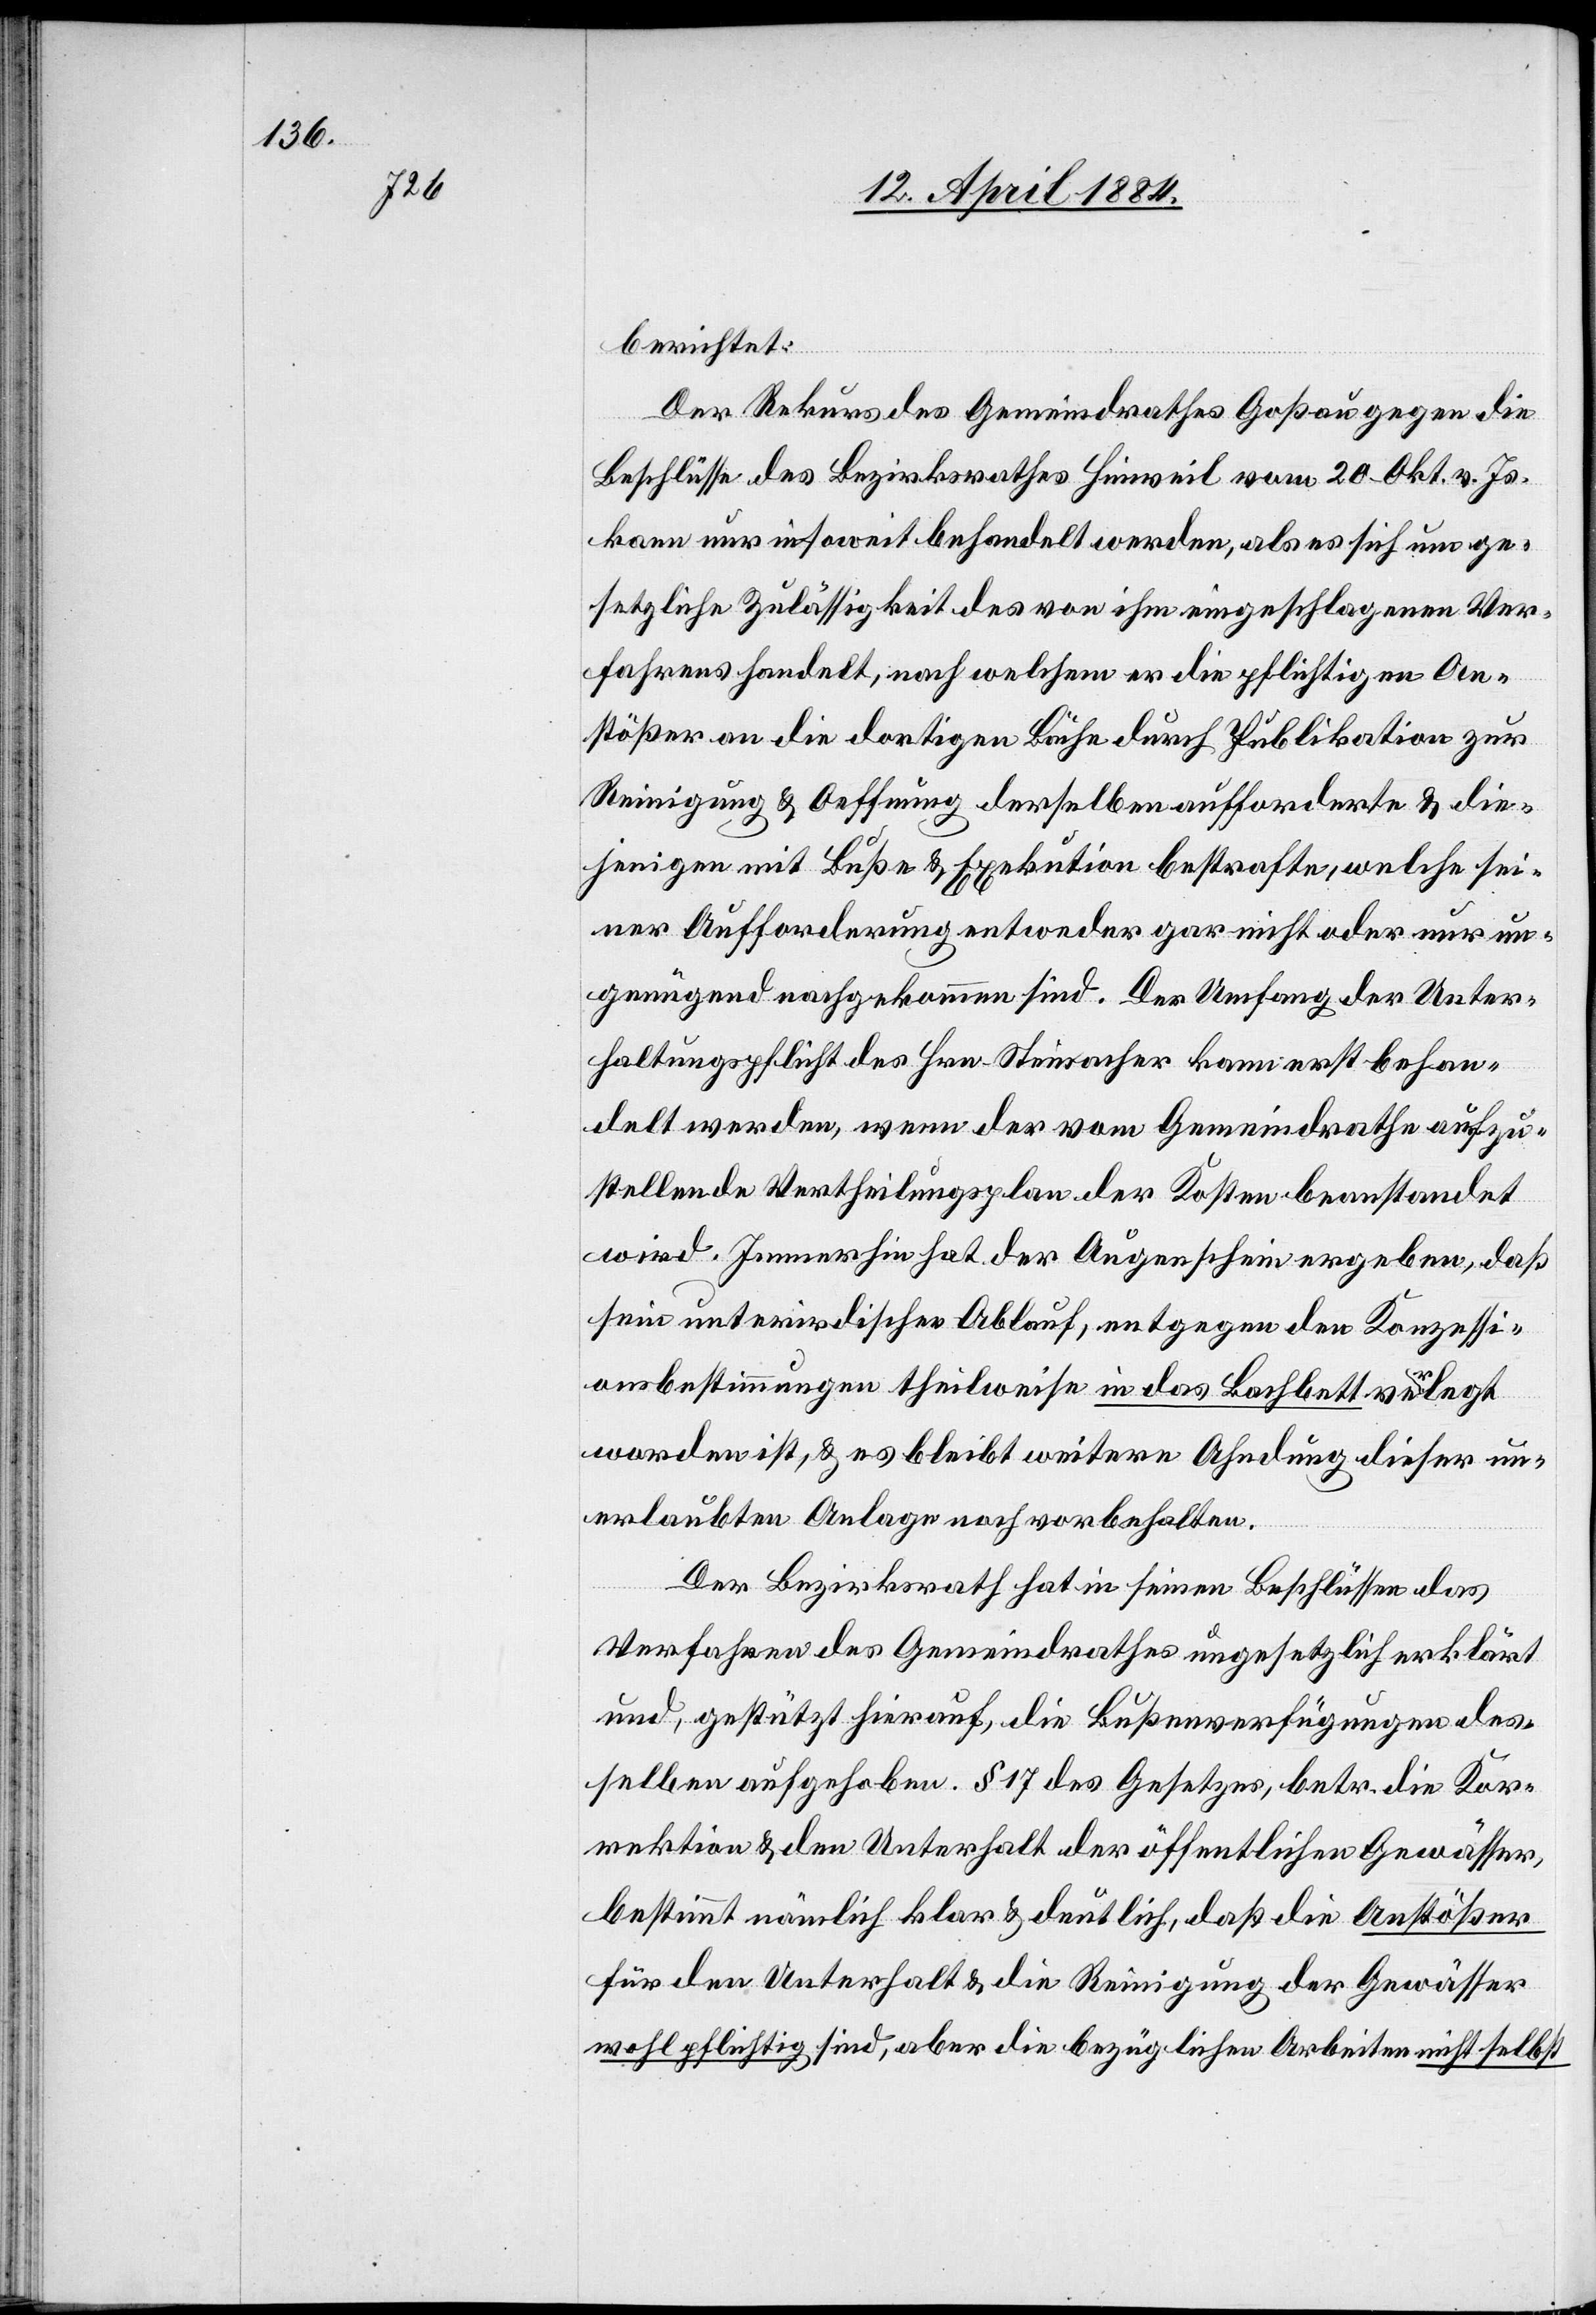
berichtet:
Der Rekurs des Gemeindrathes Goßau gegen die
Beschlüsse des Bezirksrathes Hinweil vom 20. Okt. v. Js.
kann nur insoweit behandelt werden, als es sich um ge¬
setzliche Zulässigkeit des von ihm eingeschlagenen Ver¬
fahrens handelt, nach welchem er die pflichtigen An¬
stößer an die dortigen Bäche durch Publikation zur
Reinigung & Oeffnung derselben aufforderte & die¬
jenigen mit Buße & Exekution bestrafte, welche sei¬
ner Aufforderung entweder gar nicht oder nur un¬
genügend nachgekommen sind. Der Umfang der Unter¬
haltungspflicht des Hrn. Steinacher kann erst behan¬
delt werden, wenn der vom Gemeindrathe aufzu¬
stellende Vertheilungsplan der Kosten beanstandet
wird. Immerhin hat der Augenschein ergeben, daß
sein unterirdischer Ablauf, entgegen den Konzessi¬
onsbestimmungen theilweise in das Bachbett verlegt
worden ist, & es bleibt weitere Ahndung dieser un¬
erlaubten Anlage noch vorbehalten.
Der Bezirksrath hat in seinen Beschlüssen das
Verfahren des Gemeindrathes ungesetzlich erklärt
und, gestützt hierauf, die Bußenverfügungen des¬
selben aufgehoben. § 17 des Gesetzes, betr. die Kor¬
rektion & den Unterhalt der öffentlichen Gewässer,
bestimmt nämlich klar & deutlich, daß die Anstößer
für den Unterhalt & die Reinigung der Gewässer
wohlpflichtig sind, aber die bezüglichen Arbeiten nicht selbst